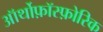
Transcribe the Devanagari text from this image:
ऑर्थोफ़ॉस्फ़ोरिक